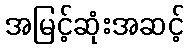
အမြင့်ဆုံးအဆင့်